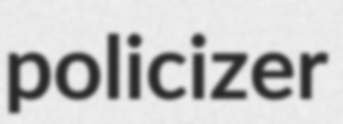
policizer